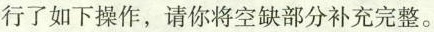
行了如下操作，请你将空缺部分补充完整。